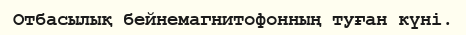
Отбасылық бейнемагнитофонның туған күні.